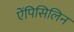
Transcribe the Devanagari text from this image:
ऐंपिसिलिन